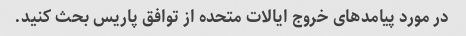
در مورد پیامدهای خروج ایالات متحده از توافق پاریس بحث کنید.